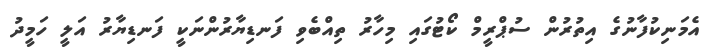
އެމަނިކުފާނުގެ އިތުރުން ސުޕްރީމް ކޯޓުގައި މިހާރު ތިއްބެވި ފަނޑިޔާރުންނަކީ ފަނޑިޔާރު އަލީ ހަމީދު